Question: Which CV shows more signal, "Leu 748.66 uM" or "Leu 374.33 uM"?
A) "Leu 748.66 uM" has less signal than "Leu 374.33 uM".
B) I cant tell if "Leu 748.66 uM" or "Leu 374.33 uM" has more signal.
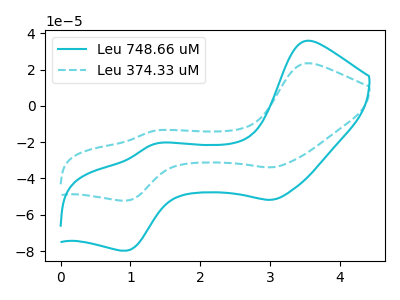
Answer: <think>The cyan curve "Leu 748.66 uM" has anodic peaks at (3.50V, 35.85uA) (1.35V, -21.00uA) and cathodic peaks at (3.00V, -51.75uA) (0.95V, -79.75uA). The cyan dashed curve "Leu 374.33 uM" has anodic peaks at (3.50V, 23.45uA) (1.35V, -13.75uA) and cathodic peaks at (3.00V, -33.90uA) (0.95V, -52.20uA).
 All the peaks in "Leu 748.66 uM" have a peak in "Leu 374.33 uM" at the same potential.</think>
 <answer>B) I cant tell if "Leu 748.66 uM" or "Leu 374.33 uM" has more signal.</answer>
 <eval>B</eval>